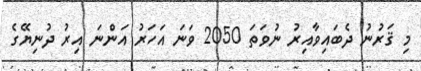
މި ޤަރުނު ދެބައިވާއިރު ނުވަތަ 2050 ވަނަ އަހަރު އަންނަ އިރު ދުނިޔޭގެ